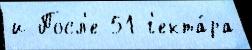
и Посл'е 51 г'екта́ра